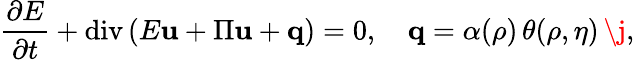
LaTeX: \frac{\partial E}{\partial t}+\mathrm{div}\left(E\mathbf{u}+\Pi\mathbf{u}+\mathbf{q}\right)=0,\quad\mathbf{q}=\alpha(\rho)\, \theta(\rho,\eta)\, \j,